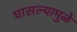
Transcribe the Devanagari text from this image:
घासल्यामुळे